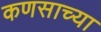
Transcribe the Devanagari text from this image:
कणसाच्या